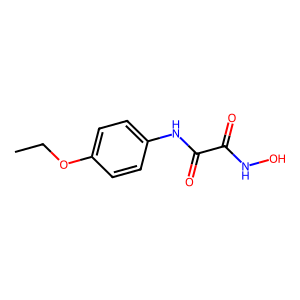
SMILES: CCOc1ccc(NC(=O)C(=O)NO)cc1
Inhibits HIV replication: No